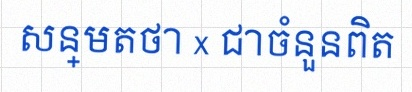
សន្មតថា x ជាចំនួនពិត